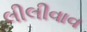
લીલીવાવ